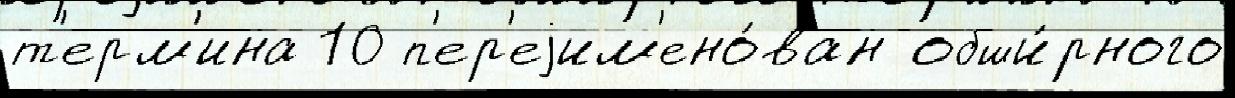
т'ерм'ина 10 п'ер'еjим'ено́ван обши́рного